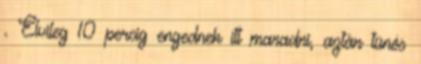
. Elvileg 10 percig engednek itt maradni, aztán tünés